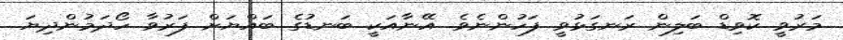
މަރުވީ ކޮވިޑް ބަލިން ރަނގަޅުވީ ފަހުންނެވެ. އޭނާއަކީ ބަނޑުގެ ބައްޔަށް ފަރުވާ ހޯދަމުންދިޔަ